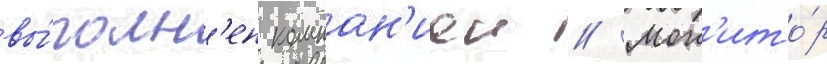
вы́полн'ен компан'иеи // Мон'ито́р